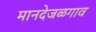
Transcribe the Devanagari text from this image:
मानदेजळगाव